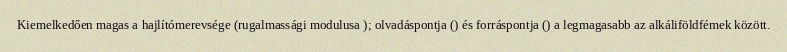
Kiemelkedően magas a hajlítómerevsége (rugalmassági modulusa ); olvadáspontja () és forráspontja () a legmagasabb az alkáliföldfémek között.